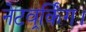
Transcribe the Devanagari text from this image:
नेटवर्र्किंग।